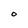
Character: O